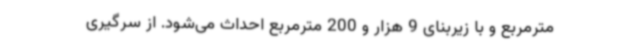
مترمربع و با زیربنای 9 هزار و 200 مترمربع احداث می‌شود. از سرگیری